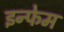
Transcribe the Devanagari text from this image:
इन्फेम